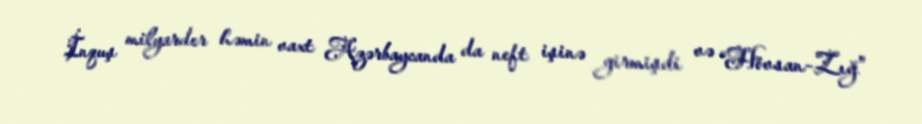
İnquş milyarder həmin vaxt Azərbaycanda da neft işinə girmişdi və “Hövsan-Zığ”